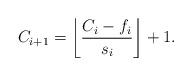
LaTeX: \begin{align*}C_{i+1}=\left\lfloor\frac{C_i-f_i}{s_i}\right\rfloor+1.\end{align*}